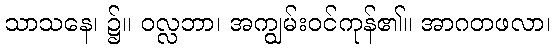
သာသနေ၊ ၌။ ဝလ္လဘာ၊ အကျွမ်းဝင်ကုန်၏။ အာဂတဖလာ၊